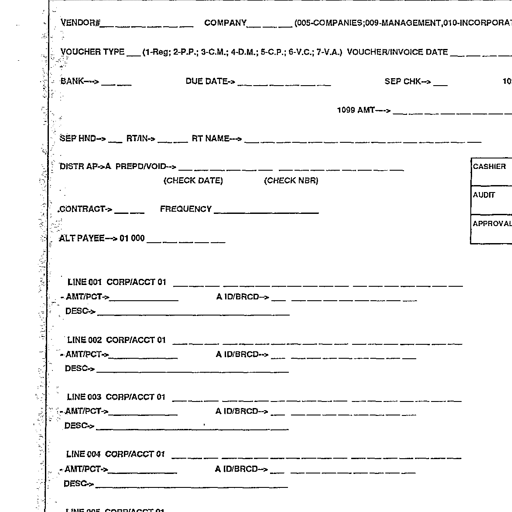
VENDOR# _________________ COMPANY _______ (005-COMPANIES;009-MANAGEMENT,010-INCORPORAT

VOUCHER TYPE ___ (1-Reg; 2-P.P.; 3-C.M.; 4-D.M.; 5-C.P.; 6-V.C.; 7-V.A.) VOUCHER/INVOICE DATE __ __ __

BANK--> _______ DUE DATE--> _________________ SEP CHK--> ___ 10

1099 AMT--> _________________________

SEP HND--> ___ RTN--> _______ RT NAME--> ____________________________________________

DISTR AP-->A PREPD/VOID--> ________________________________________ | CASHIER |
(CHECK DATE) (CHECK NBR) |_________|
| AUDIT |
.CONTRACT--> _______ FREQUENCY _____________________ |_________|
| APPROVAL|
ALT PAYEE--> 01 000 ________________ |_________|

LINE 001 CORP/ACCT 01 ____________________________________________________
- AMT/PCT--> ________________ A ID/BRCD--> __________________________
DESC--> ________________________________________

LINE 002 CORP/ACCT 01 ____________________________________________________
- AMT/PCT--> ________________ A ID/BRCD--> __________________________
DESC--> ________________________________________

LINE 003 CORP/ACCT 01 ____________________________________________________
- AMT/PCT--> ________________ A ID/BRCD--> __________________________
DESC--> ________________________________________

LINE 004 CORP/ACCT 01 ____________________________________________________
- AMT/PCT--> ________________ A ID/BRCD--> __________________________
DESC--> ________________________________________

LINE 005 CORP/ACCT 01